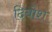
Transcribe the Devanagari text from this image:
दिबोश